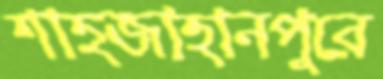
শাহজাহানপুরে